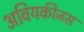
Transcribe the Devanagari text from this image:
अवियकीजस